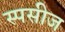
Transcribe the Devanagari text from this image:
स्पसीज